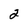
Character: 2